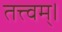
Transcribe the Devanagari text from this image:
तत्त्‍वम्।